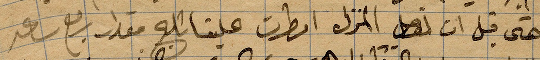
حتى قبل ان نصل المنزلل امطرت علينا ثلج مقدار ربع ساعد